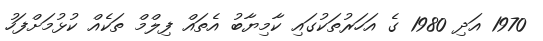
1970 އަދި 1980 ގެ އަހަރުތަކުގައި ކާމިޔާބު އެތައް ފިލްމް ތަކެއް ކުޅުމަށްފަހު